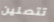
تتصلين